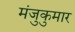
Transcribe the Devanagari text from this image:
मंजुकुमार